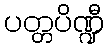
ပတ္တပိဏ္ဍီ